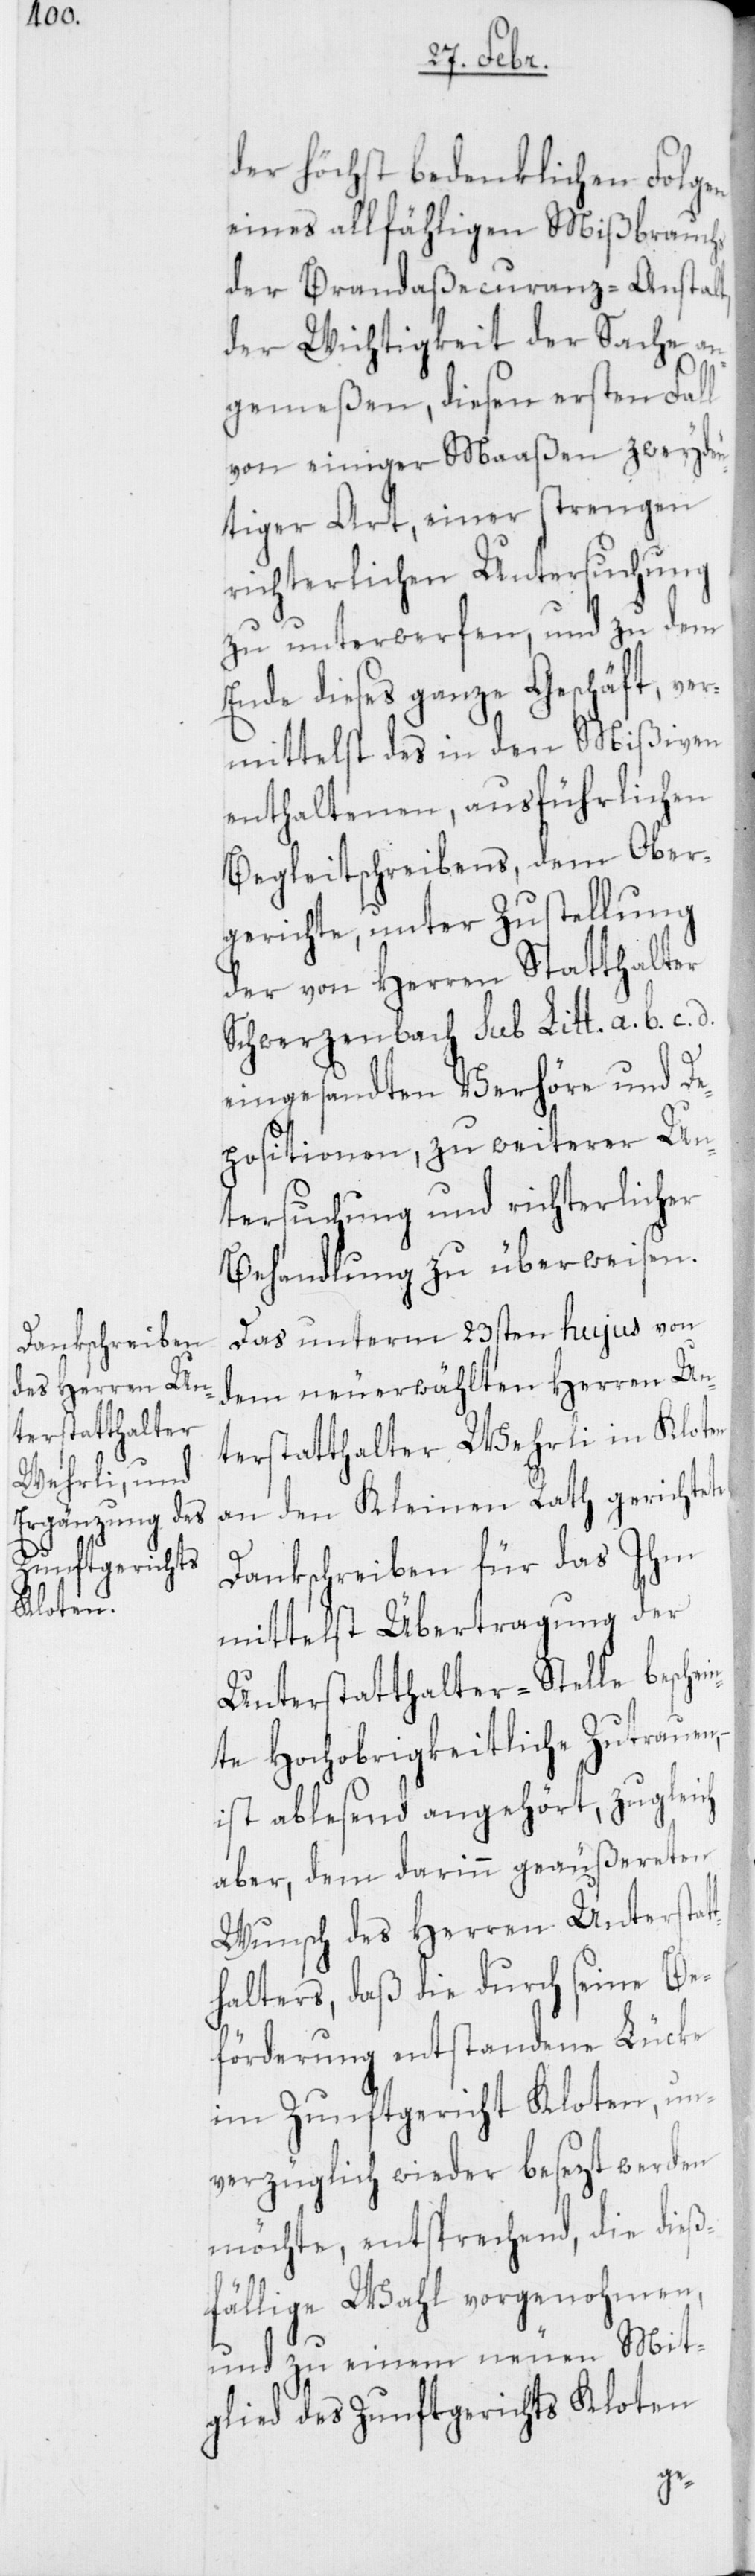
der höchst bedenklichen Folgen
eines allfähligen Mißbrauchs
der Brandaßecuranz-Anstal¬
der Wichtigkeit der Sache an¬
gemeßen, diesen ersten Fall
von einiger Maaßen zweydeu¬
tiger Art, einer strengen
richterlichen Untersuchung
zu unterwerfen, und zu dem
Ende dieses ganze Geschäft, ver¬
mittelst des in den Mißiven
enthaltenen, ausführlichen
Begleitschreibens, dem Ober¬
gerichte, unter Zustellung
der von Herren Statthalter
Schwerzenbach sub Litt. a, b, c, d,
eingesandten Verhöre und De¬
positionen, zu weiterer Un¬
tersuchung und richterlicher
Behandlung zu überweisen.
Das unterm 23sten hujus von
dem neuerwählten Herren Un¬
terstatthalter Wehrli in Kloten
an den Kleinen Rath gerichtete
Dankschreiben für das Ihm
mittelst Übertragung der
Unterstatthalter-Stelle beschei¬
nte Hochobrigkeitliche Zutrauen,
ist ablesend angehört, zugleich
aber, dem darinn geäußereten
Wunsch des Herren Unterstat¬
thalters, daß die durch seine Be¬
förderung entstandene Lücke
im Zunftgericht Kloten, un¬
verzüglich wieder besezt werden
möchte, entsprechend, die dieß¬
fällige Wahl vorgenohmen,
und zu einem neuen Mit¬
glied des Zunftgerichts Kloten
t,